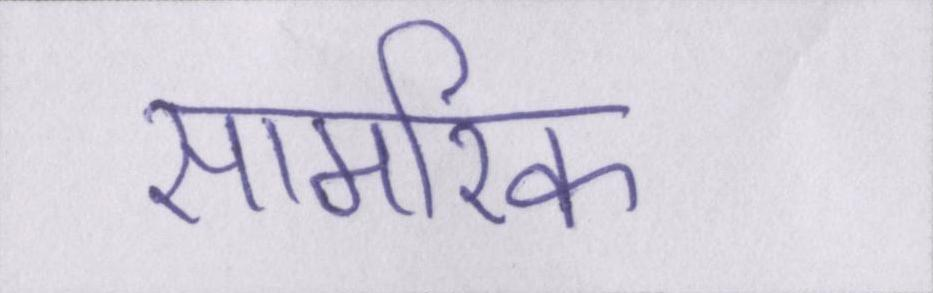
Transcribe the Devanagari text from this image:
सामरिक